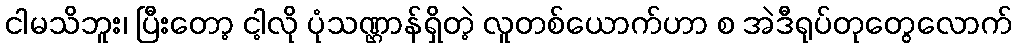
ငါမသိဘူး၊ ပြီးတော့ ငါ့လို ပုံသဏ္ဌာန်ရှိတဲ့ လူတစ်ယောက်ဟာ စ အဲဒီရုပ်တုတွေလောက်